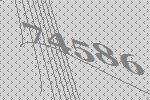
74586